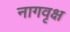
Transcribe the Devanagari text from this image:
नागवृक्ष